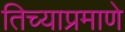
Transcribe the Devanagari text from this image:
तिच्याप्रमाणे